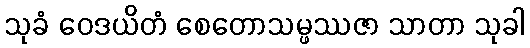
သုခံ ဝေဒယိတံ စေတောသမ္ဖဿဇာ သာတာ သုခါ